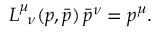
L _ { \; \; \nu } ^ { \mu } ( p , \bar { p } ) \, \bar { p } ^ { \nu } = p ^ { \mu } .